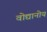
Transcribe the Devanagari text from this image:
वोद्यानोय